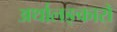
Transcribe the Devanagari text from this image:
अर्थालङ्कारो